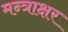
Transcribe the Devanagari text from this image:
मन्त्राक्षर